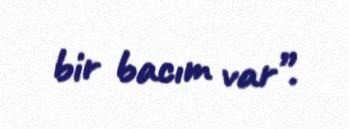
bir bacım var”.